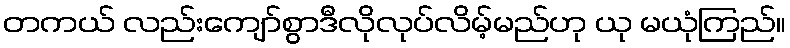
တကယ် လည်းကျော်စွာဒီလိုလုပ်လိမ့်မည်ဟု ယု မယုံကြည်။